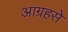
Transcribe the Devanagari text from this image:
आग्रहसे